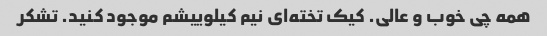
همه چی خوب و عالی. کیک تخته‌ای نیم کیلوییشم موجود کنید. تشکر